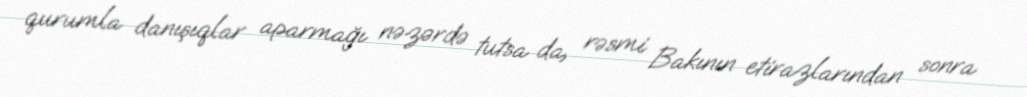
qurumla danışıqlar aparmağı nəzərdə tutsa da, rəsmi Bakının etirazlarından sonra